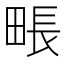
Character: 𤲘